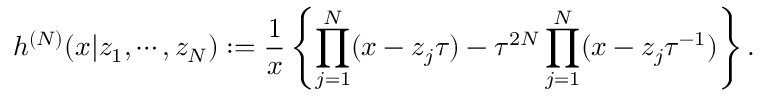
h ^ { ( N ) } ( x | z _ { 1 } , \cdots , z _ { N } ) : = \frac { 1 } { x } \left\{ \prod _ { j = 1 } ^ { N } ( x - z _ { j } \tau ) - \tau ^ { 2 N } \prod _ { j = 1 } ^ { N } ( x - z _ { j } \tau ^ { - 1 } ) \right\} .